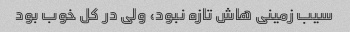
سیب زمینی هاش تازه نبود، ولی در کل خوب بود